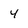
Character: 4